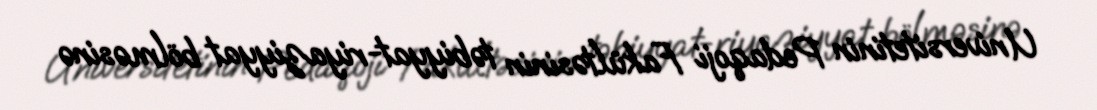
Universitetinin Pedaqoji Fakültəsinin təbiyyat-riyaziyyat bölməsinə